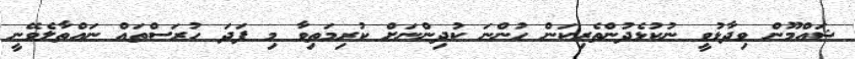
ޝައްމޫން ވިދާޅުވީ ނުކުޅެދުންތެރިކަން ހުންނަ ކުދިންނަށް ކުރިމަތިވާ މި ފަދަ ހުރަސްތައް ނައްތާލެވޭނީ